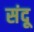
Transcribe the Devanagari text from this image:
संदू